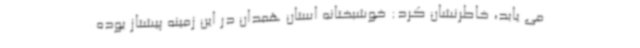
می یابد، خاطرنشان کرد: خوشبختانه استان همدان در این زمینه پیشتاز بوده